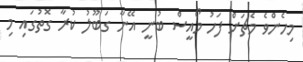
މިހެންވެ މެޗަށް ފަހު މޯއީސް ބުނީ އޭނާ ގަބޫލު ކުރާ ގޮތުގައި މި